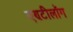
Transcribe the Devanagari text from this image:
एण्टीलॉग